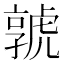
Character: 𡦨